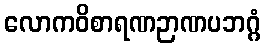
လောကဝိစာရဏဉာဏပဘဂ္ဂံ